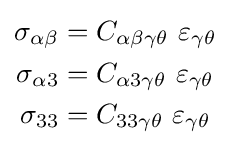
{\begin{aligned}\sigma _{\alpha \beta }&=C_{\alpha \beta \gamma \theta }~\varepsilon _{\gamma \theta }\\\sigma _{\alpha 3}&=C_{\alpha 3\gamma \theta }~\varepsilon _{\gamma \theta }\\\sigma _{33}&=C_{33\gamma \theta }~\varepsilon _{\gamma \theta }\end{aligned}}